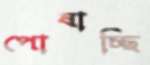
পোষাচ্ছি